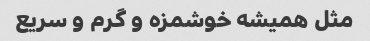
مثل همیشه خوشمزه و گرم و سریع